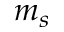
m _ { s }